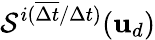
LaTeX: \mathcal{S}^{i(\overline{{\Delta t}}/\Delta t)}(\mathbf{u}_{d})